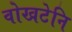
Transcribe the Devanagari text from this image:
वोखटेनि